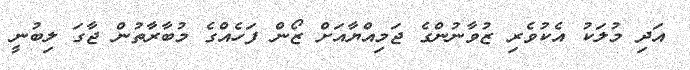
އަދި މުލަކު އެކުވެރި ޒުވާނުންގެ ޖަމިއްޔާއަށް ޒޯން ފަހެއްގެ މުބާރާތުން ޖާގަ ލިބުނީ